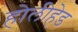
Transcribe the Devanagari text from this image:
होलीहेड